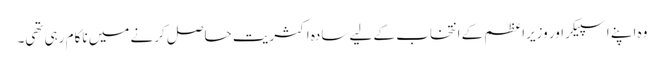
وہ اپنے اسپیکر اور وزیراعظم کے انتخاب کے لیے سادہ اکثریت حاصل کرنے میں ناکام رہی تھی۔